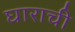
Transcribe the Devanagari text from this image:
घाराची